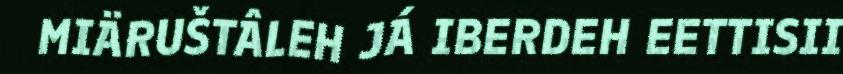
MIÄRUŠTÂLEH JÁ IBERDEH EETTISII